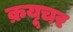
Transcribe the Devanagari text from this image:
क्रयूचर